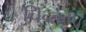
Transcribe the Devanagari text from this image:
चिन्तक।